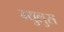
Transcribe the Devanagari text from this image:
म्युलुस